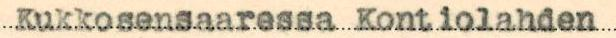
Kukkosensaaressa Kontiolahden